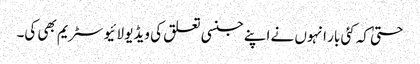
حتیٰ کہ کئی بار انہوں نے اپنے جنسی تعلق کی ویڈیو لائیو سٹریم بھی کی۔